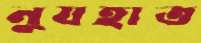
নুযহাত